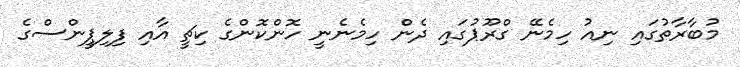
މުބާރާތުގައި ނިއު ހިމެނޭ ގްރޫޕުގައި ދެން ހިމެނެނީ ހޮންކޮންގެ ކިޗީ އާއި ފިލިޕީންސްގެ